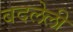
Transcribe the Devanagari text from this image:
बदलेली